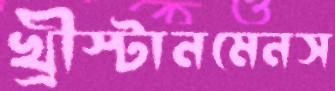
খ্রীস্টানমেনস